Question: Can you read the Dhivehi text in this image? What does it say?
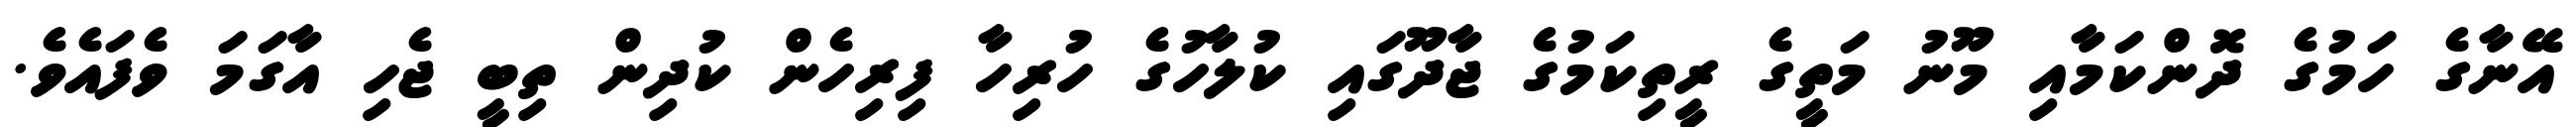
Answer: އޭނާގެ ހަމުގެ ދޮންކަމާއި މޫނު މަތީގެ ރީތިކަމުގެ ޖާދޫގައި ކުލާހުގެ ހުރިހާ ފިރިހެން ކުދިން ތިބީ ޖެހި އާގަމަ ވެފައެވެ.